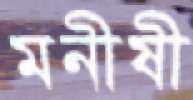
মনীষী